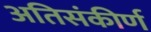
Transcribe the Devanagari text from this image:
अतिसंकीर्ण